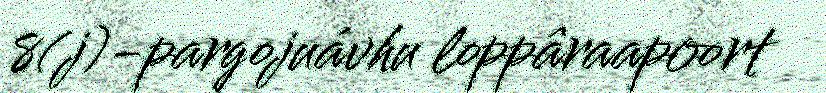
8(j)-pargojuávhu loppâraapoort